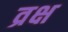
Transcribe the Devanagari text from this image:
व्रक्ष